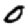
Digit: 0